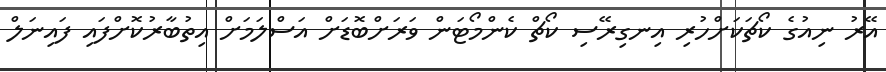
އޭރު ނިއުގެ ކޯޗަކަށްހުރި އިނގިރޭސި ކޯޗް ކެންމޯޓަން ވަރަށްބޮޑަށް އަސްލަމަށް އިތުބާރުކޮށްފައި ފައިނަލް